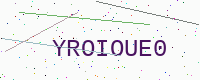
Text: YROIOUE0